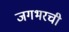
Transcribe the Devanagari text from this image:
जगभरची